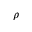
\rho